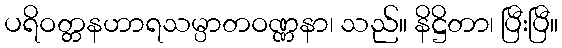
ပရိဝတ္တနဟာရသမ္ပာတဝဏ္ဏနာ၊ သည်။ နိဋ္ဌိတာ၊ ပြီးပြီ။